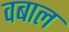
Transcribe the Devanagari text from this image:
वबाल